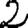
Digit: 2